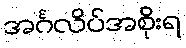
အင်္ဂလိပ်အစိုးရ